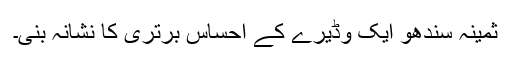
ثمینہ سندھو ایک وڈیرے کے احساسِ برتری کا نشانہ بنی۔